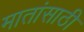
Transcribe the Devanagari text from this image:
मातांसाठी